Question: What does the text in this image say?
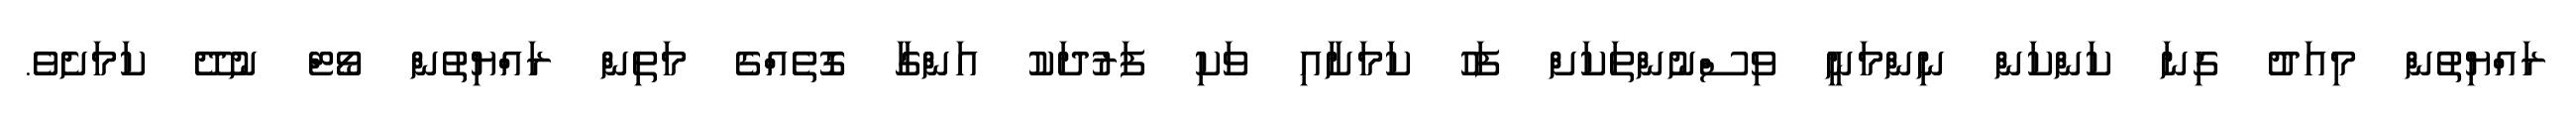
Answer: ރައްޔިތުން މިއަދު ގިނަ ކަންކަން ނިންމަނީ ވިސްނުންތަކަށް ފަހު ކަމަށާއި ވަކި ފަރުދަކު އަންގާ ގޮތެއްގެ މަތިން ރައްޔިތުން ވޯޓް ނުދޭ ކަމަށެވެ.